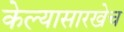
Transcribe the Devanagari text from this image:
केल्यासारखेच